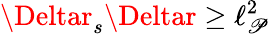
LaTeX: \Deltar_{s}\Deltar\geq\ell_{\mathscr{P}}^{2}